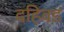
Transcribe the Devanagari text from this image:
दहिवड